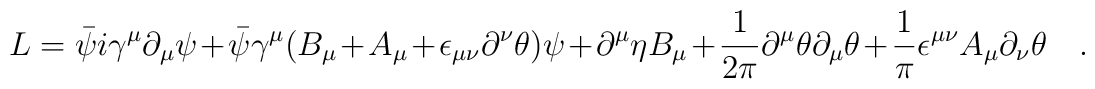
L= \bar{\psi} i \gamma^{\mu} \partial_{\mu}\psi + {\bar \psi}\gamma^{\mu}(B_{\mu} + A_{\mu } + \epsilon_{\mu \nu}\partial^{\nu} \theta ) \psi+\partial^{\mu}\eta B_{\mu} +\frac{1}{2 \pi}\partial^{\mu}\theta\partial_{\mu}\theta + \frac{1}{\pi} \epsilon^{\mu\nu}A_{\mu}\partial_{\nu}\theta \quad.